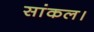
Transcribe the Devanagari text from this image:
सांकल।